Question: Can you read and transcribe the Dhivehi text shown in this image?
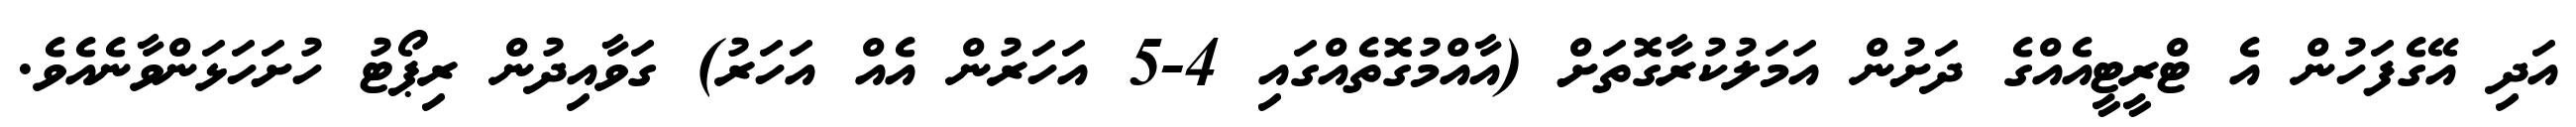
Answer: އަދި އޭގެފަހުން އެ ޓްރީޓީއެއްގެ ދަށުން އަމަލުކުރާގޮތަށް (އާއްމުގޮތެއްގައި 4-5 އަހަރުން އެއް އަހަރު) ގަވާއިދުން ރިޕޯޓު ހުށަހަޅަންވާނެއެވެ.